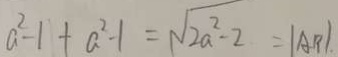
a ^ { 2 } - 1 + a ^ { 2 } - 1 = \sqrt { 2 a ^ { 2 } - 2 } = \vert A B \vert .